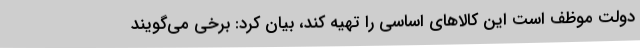
دولت موظف است این کالاهای اساسی را تهیه کند، بیان کرد: برخی می‌گویند